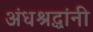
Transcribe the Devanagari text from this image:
अंधश्रद्धांनी